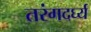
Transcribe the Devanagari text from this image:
तरंगदर्घ्य